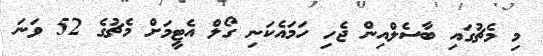
މި މެޗުގައި ބާސެލްއިން ޖެހި ހަމައެކަނި ގޯލް އެޓީމަށް މެޗުގެ 52 ވަނަ